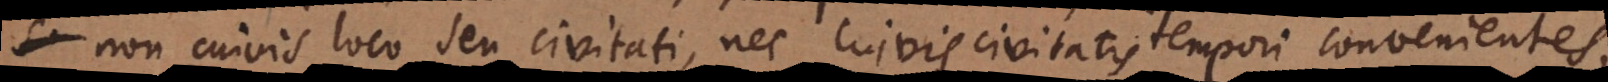
non cuivis loco seu civitati, nec cuivis civitatis tempori convenientes,